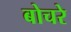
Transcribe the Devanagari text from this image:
बोचरे